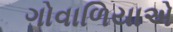
ગોવાળિયાએ